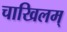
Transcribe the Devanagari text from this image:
चाखिलम्